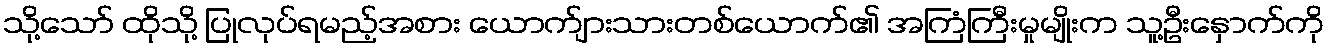
သို့သော် ထိုသို့ ပြုလုပ်ရမည့်အစား ယောက်ျားသားတစ်ယောက်၏ အကြံကြီးမှုမျိုးက သူ့ဦးနှောက်ကို